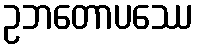
ဥဘတောပဿေ